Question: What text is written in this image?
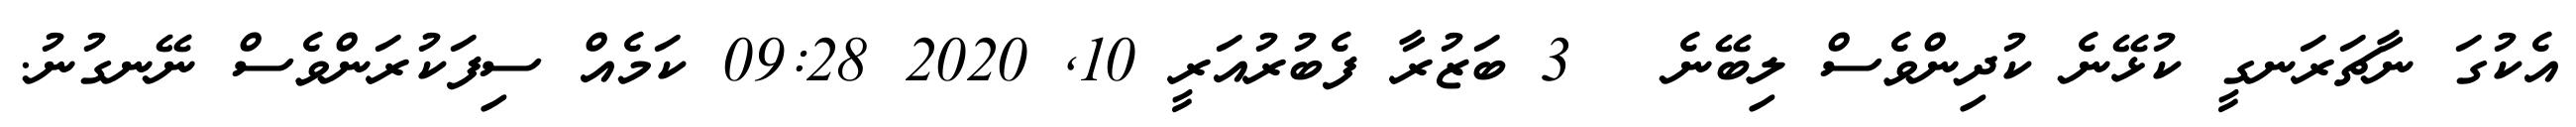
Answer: އެކުގަ ނާޗަރަނގީ ކުޅޭނެ ކުދިންވެސް ލިބޭނެ ? 3 ބަޒުރާ ފެބުރުއަރީ 10, 2020 09:28 ކަމެއް ސިފަކުރަންވެސް ނޭނގުނު.